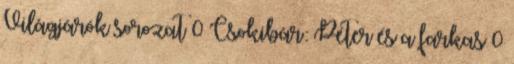
Világjárók sorozat 0 Csokibár: Péter és a farkas 0